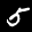
Label: 5